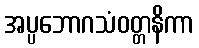
အပ္ပဘောဂသံဝတ္တနိကာ